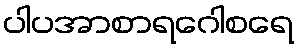
ပါပအာစာရဂေါစရေ